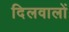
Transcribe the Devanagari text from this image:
दिलवालों